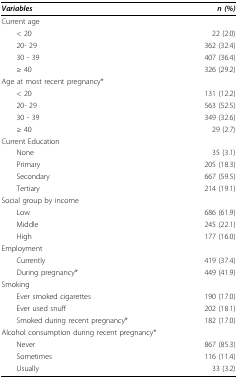
| Variables | n (%) |
 | --- | --- |
 | Current age |  |
 | < 20 | 22 (2.0) |
 | 20- 29 | 362 (32.4) |
 | 30 - 39 | 407 (36.4) |
 | ≥ 40 | 326 (29.2) |
 | Age at most recent pregnancy* |  |
 | < 20 | 131 (12.2) |
 | 20- 29 | 563 (52.5) |
 | 30 - 39 | 349 (32.6) |
 | ≥ 40 | 29 (2.7) |
 | Current Education |  |
 | None | 35 (3.1) |
 | Primary | 205 (18.3) |
 | Secondary | 667 (59.5) |
 | Tertiary | 214 (19.1) |
 | Social group by income |  |
 | Low | 686 (61.9) |
 | Middle | 245 (22.1) |
 | High | 177 (16.0) |
 | Employment |  |
 | Currently | 419 (37.4) |
 | During pregnancy* | 449 (41.9) |
 | Smoking |  |
 | Ever smoked cigarettes | 190 (17.0) |
 | Ever used snuff | 202 (18.1) |
 | Smoked during recent pregnancy* | 182 (17.0) |
 | Alcohol consumption during recent pregnancy* |  |
 | Never | 867 (85.3) |
 | Sometimes | 116 (11.4) |
 | Usually | 33 (3.2) |